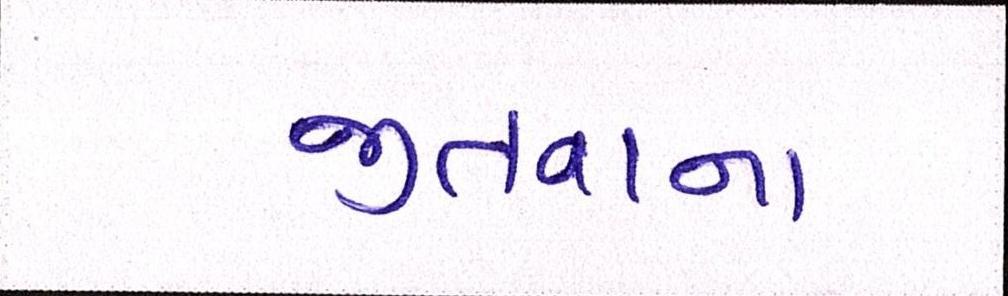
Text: જીતવાના